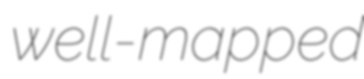
well-mapped